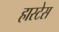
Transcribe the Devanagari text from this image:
हास्टेस